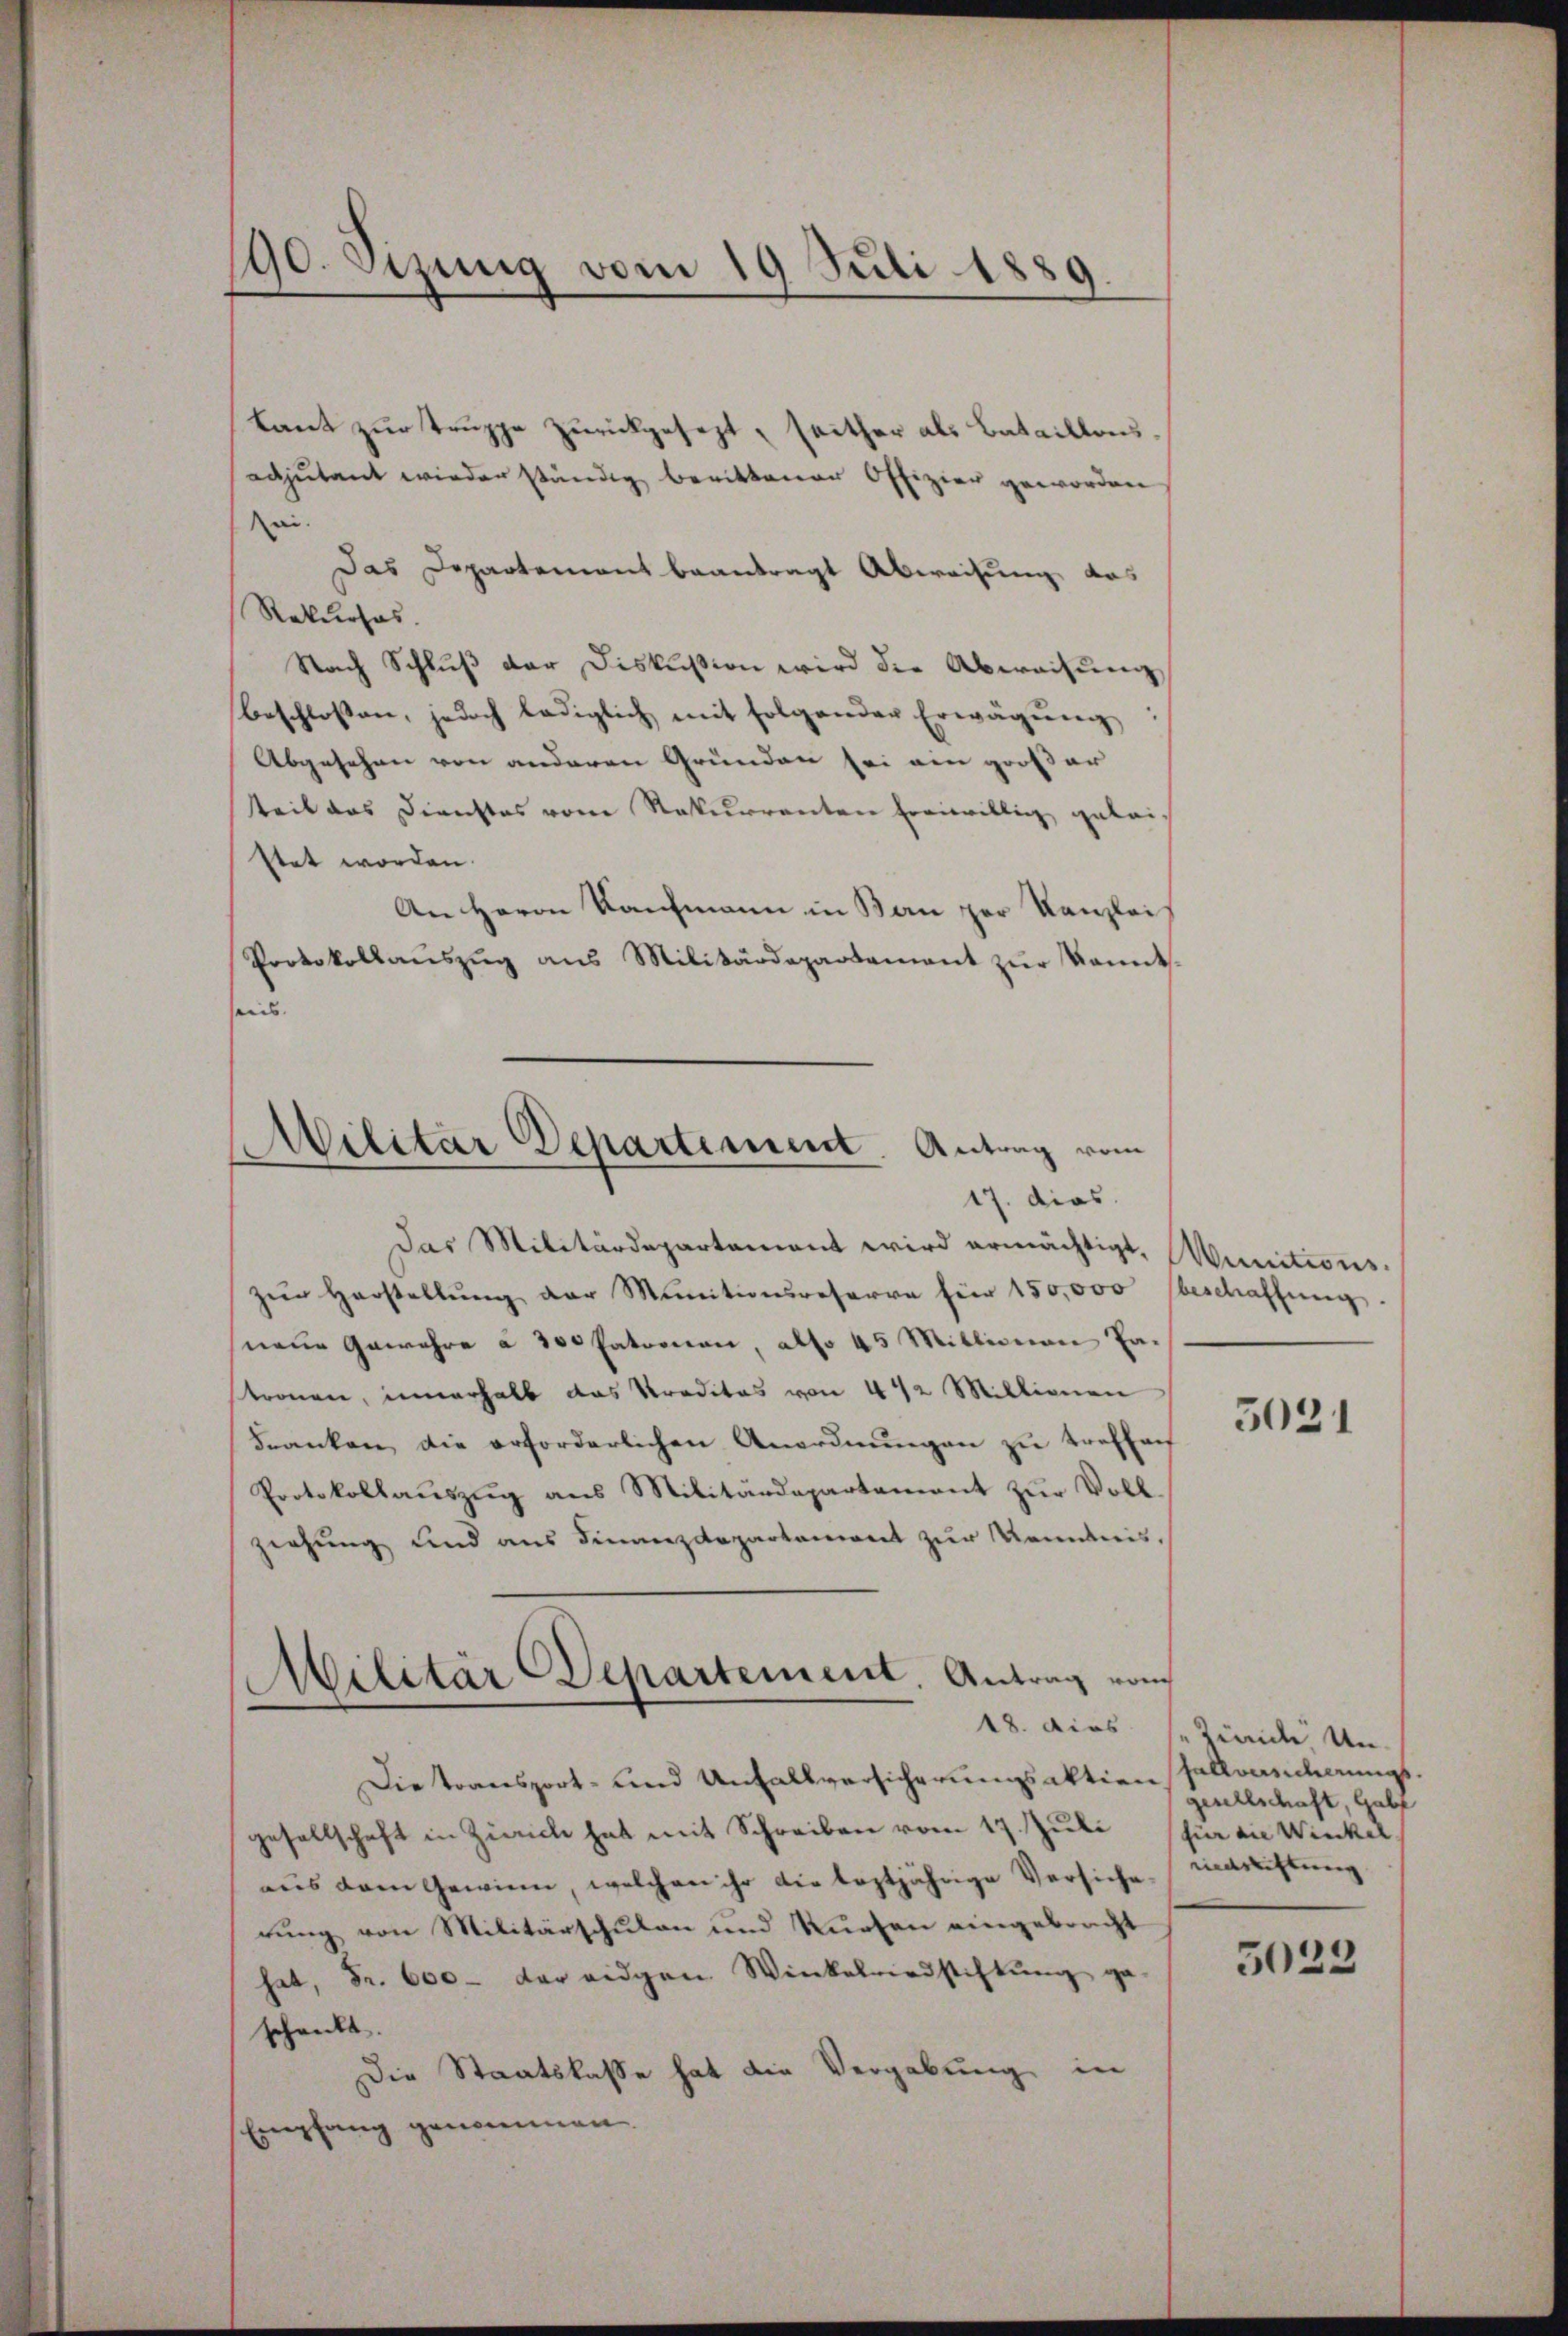
90. Sizung vom 19. Juli 1889.

kant zur Truppe zurückgesezt, seither als Bataillonsadjutant wieder ständig berittener Offizier geworden
ai
Das Departement beantragt Abweisung das
Rekurses.
Nach Schluß der Diskussion wird die Abwachung
beschlossen, jedoch lediglich mit folgender Erwägŭng
Abgesehen von anderen Grunden sei ein großer
teil des Dienstes vom Rekurrenten freiwillig gelei-
stet worden.
An Herrn Kaufmann in Ban per Kanzlei
Protokollaŭszŭg ans Militärdepartement zŭr Kennt-
ses.
Das Militärdepartement wird ermächtigt, Munitions-
zŭr Herstellŭng der Munitionsreserve für 150,000 beschaffŭng.
neue Gewahre à 300 Patronen, also 45 Millionen Tatronen, innerhalb das Preditas von 442 Millionen
Franken die erforderlichen Anordnŭngen zŭ treffach
Protokollauszug aus Militärdepartement zur Vollziehung und aus Finanzdepartement zur Kenntnis,
Militär Departement. Antrag vom
18. dies
Die transport- und Unfallversicherungsaktion sellanderungsgesellschaft in Zürich hat mit Schreiben vom 17. Juli
aus dem Gewinn, welchen ihr die leztjährige Versiche-
rung von Militärschulen und Kurten eingebracht
hat, Fr. 600 der eidgen Winkelriedstiftung ga
schenkt.
Die Staatslasse hat die Vergabung in
Empfang genommen.

Militar Departement. Antrag vom
17. dies

3021

Zinide Un
gesellschaft, Gabe
für die Winkel.
riedrichtung

5023